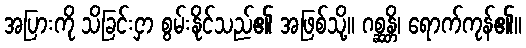
အပြားကို သိခြင်းငှာ စွမ်းနိုင်သည်၏ အဖြစ်သို့။ ဂစ္ဆန္တိ၊ ရောက်ကုန်၏။